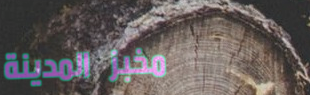
مخبز المدينة